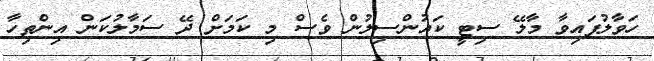
ހަވާލުފައިވާ މާލޭ ސިޓީ ކައުންސިލުން ވެސް މި ކަމަށް ދޭ ސަމާލުކަން އިންތިހާ